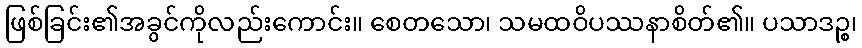
ဖြစ်ခြင်း၏အခွင်ကိုလည်းကောင်း။ စေတသော၊ သမထဝိပဿနာစိတ်၏။ ပသာဒဉ္စ၊